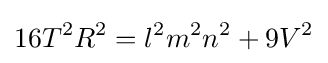
16T^{2}R^{2}=l^{2}m^{2}n^{2}+9V^{2}